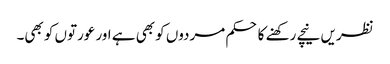
نظریں نیچے رکھنے کا حکم مردوں کو بھی ہے اور عورتوں کو بھی۔